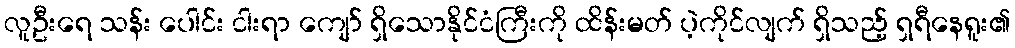
လူဦးရေ သန်း ပေါင်း ငါးရာ ကျော် ရှိသောနိုင်ငံကြီးကို ထိန်းမတ် ပဲ့ကိုင်လျက် ရှိသည့် ရှရီနေရူး၏